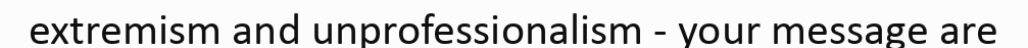
extremism and unprofessionalism - your message are